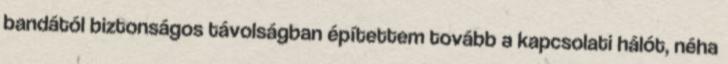
bandától biztonságos távolságban építettem tovább a kapcsolati hálót, néha